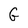
Character: G